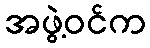
အဖွဲ့ဝင်က